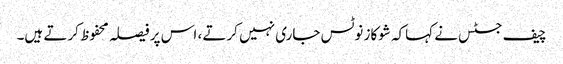
چیف جسٹس نے کہاکہ شوکاز نوٹس جاری نہیں کرتے ، اس پر فیصلہ محفوظ کرتے ہیں۔